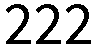
222